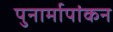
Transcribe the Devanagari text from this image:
पुनार्मापांकन